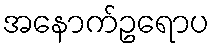
အနောက်ဥရောပ